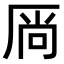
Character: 𫨋